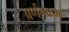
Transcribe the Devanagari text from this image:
वर्णनक्रम